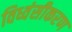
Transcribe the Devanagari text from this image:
विध्वंसीकरण